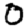
Digit: 0